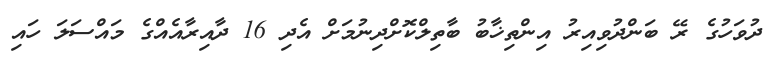
ދުވަހުގެ ރޭ ބަންދުވިއިރު އިންތިޚާބު ބާތިލްކޮށްދިނުމަށް އެދި 16 ދާއިރާއެއްގެ މައްސަލަ ހައި